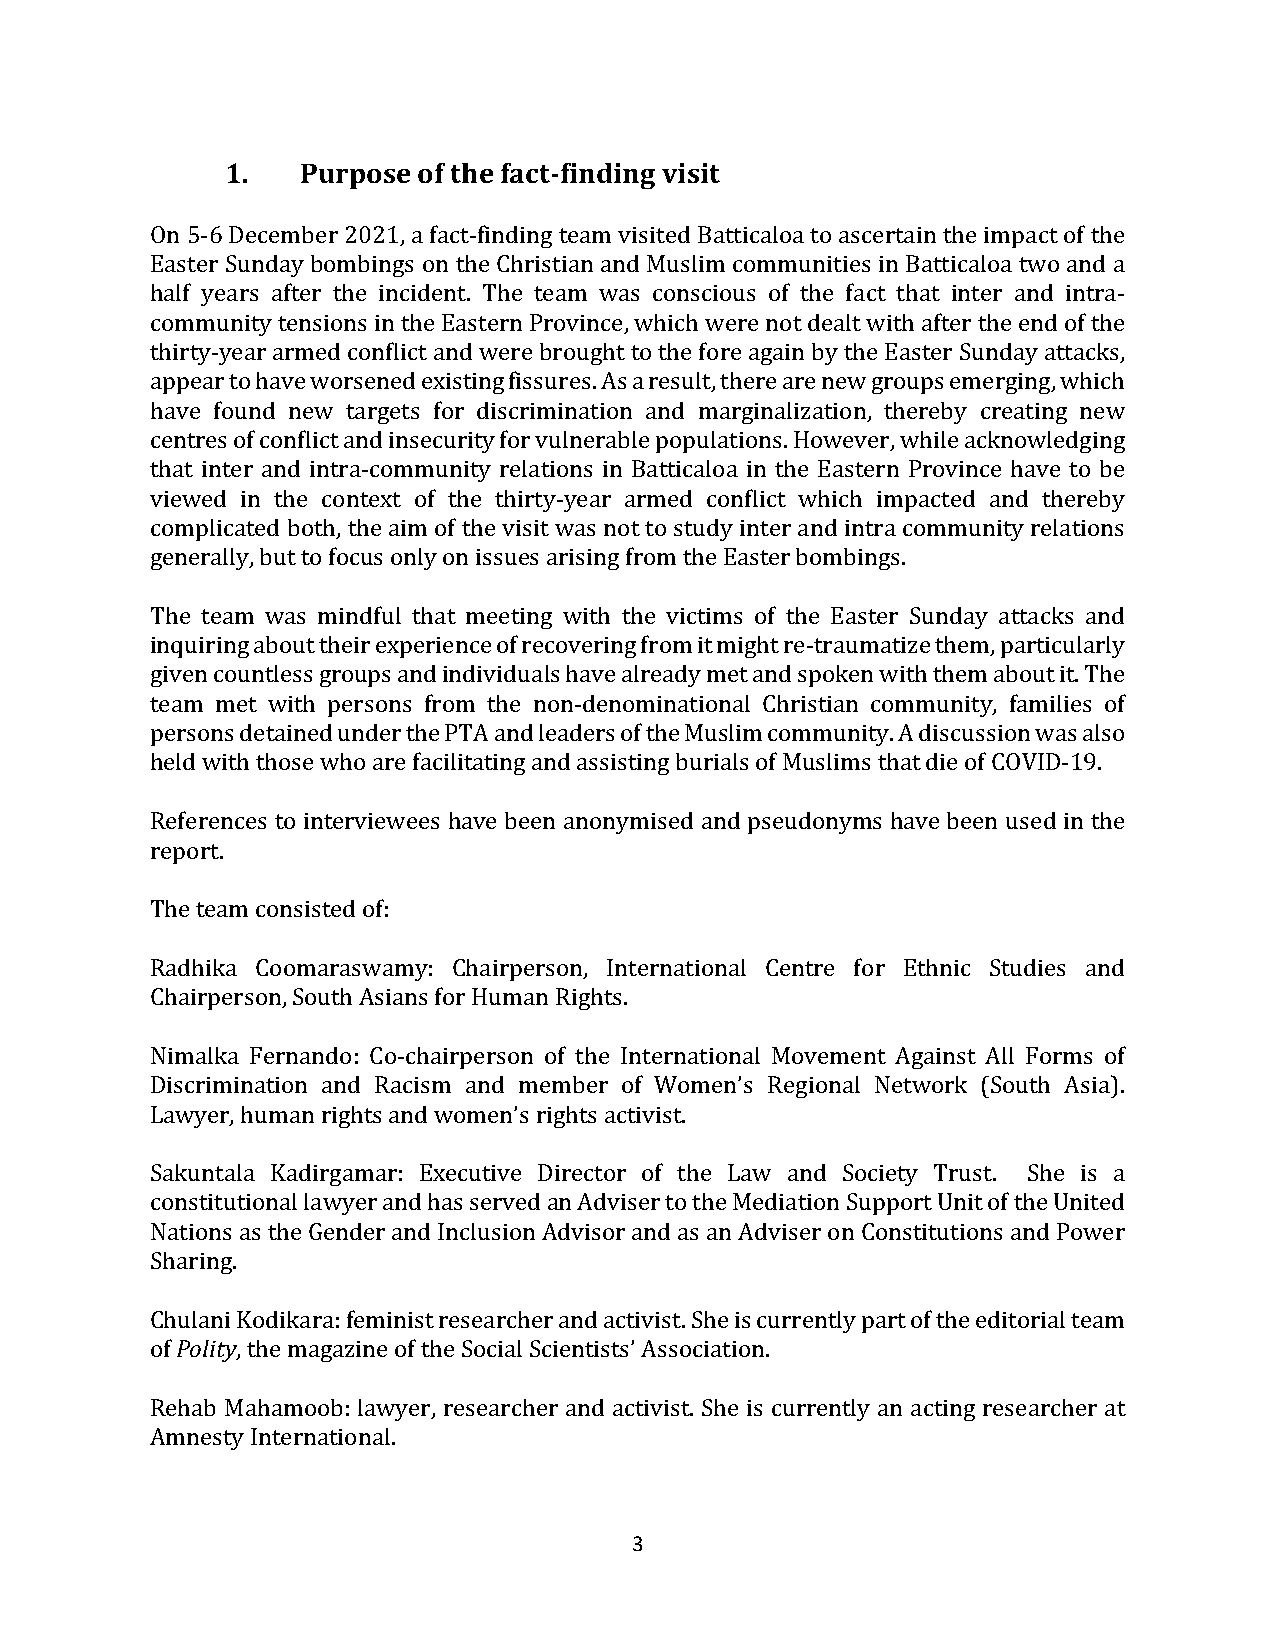
1.   Purpose of the fact-finding visit
 On 5-6 December 2021, a fact-finding team visited Batticaloa to ascertain the impact of the
 Easter Sunday bombings on the Christian and Muslim communities in Batticaloa two and a
 half years after the incident. The team was conscious of the fact that inter and intra-
 community tensions in the Eastern Province, which were not dealt with after the end of the
 thirty-year armed conflict and were brought to the fore again by the Easter Sunday attacks,
 appear to have worsened existing fissures. As a result, there are new groups emerging, which
 have found new targets for discrimination and marginalization, thereby creating new
 centres of conflict and insecurity for vulnerable populations. However, while acknowledging
 that inter and intra-community relations in Batticaloa in the Eastern Province have to be
 viewed in the context of the thirty-year armed conflict which impacted and thereby
 complicated both, the aim of the visit was not to study inter and intra community relations
 generally, but to focus only on issues arising from the Easter bombings.
 The team was mindful that meeting with the victims of the Easter Sunday attacks and
 inquiring about their experience of recovering from it might re-traumatize them, particularly
 given countless groups and individuals have already met and spoken with them about it. The
 team met with persons from the non-denominational Christian community, families of
 persons detained under the PTA and leaders of the Muslim community. A discussion was also
 held with those who are facilitating and assisting burials of Muslims that die of COVID-19.
 References to interviewees have been anonymised and pseudonyms have been used in the
 report.
 The team consisted of:
 Radhika Coomaraswamy: Chairperson, International Centre for Ethnic Studies and
 Chairperson, South Asians for Human Rights.
 Nimalka Fernando: Co-chairperson of the International Movement Against All Forms of
 Discrimination and Racism and member of Women’s Regional Network (South Asia).
 Lawyer, human rights and women’s rights activist.
 Sakuntala Kadirgamar: Executive Director of the Law and Society Trust. She is a
 constitutional lawyer and has served an Adviser to the Mediation Support Unit of the United
 Nations as the Gender and Inclusion Advisor and as an Adviser on Constitutions and Power
 Sharing.
 Chulani Kodikara: feminist researcher and activist. She is currently part of the editorial team
 of Polity, the magazine of the Social Scientists’ Association.
 Rehab Mahamoob: lawyer, researcher and activist. She is currently an acting researcher at
 Amnesty International.
 3